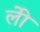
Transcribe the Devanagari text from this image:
लीे